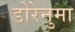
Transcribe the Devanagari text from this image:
डोरेनुमा